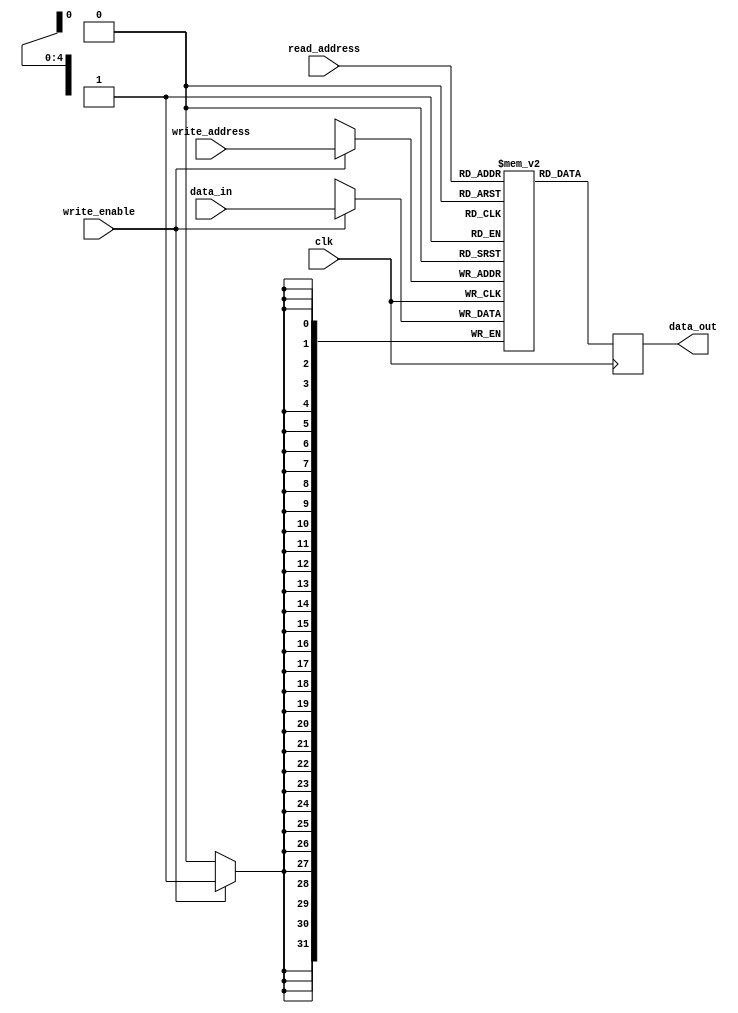
module Shadow_Register_File (
    input clk,
    input [4:0] read_address,
    input [4:0] write_address,
    input write_enable,
    input [31:0] data_in,
    output reg [31:0] data_out
);

reg [31:0] memory_block [31:0]; // 32 memory blocks

always @(posedge clk) begin
    if (write_enable) begin
        memory_block[write_address] <= data_in;
    end
    data_out <= memory_block[read_address];
end

endmodule